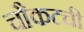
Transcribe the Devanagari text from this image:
चौकटची